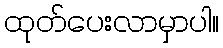
ထုတ်ပေးလာမှာပါ။